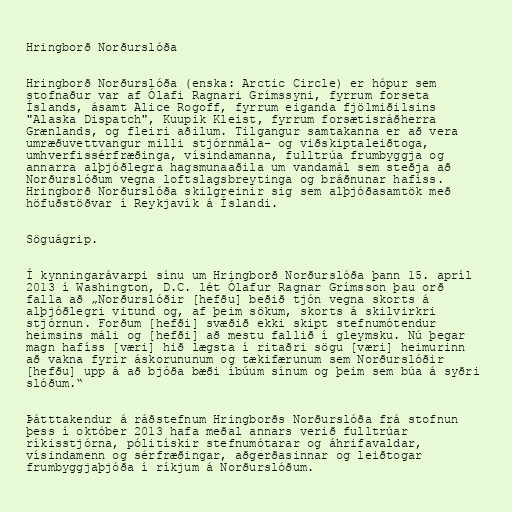
Hringborð Norðurslóða

Hringborð Norðurslóða (enska: Arctic Circle) er hópur sem
stofnaður var af Ólafi Ragnari Grímssyni, fyrrum forseta
Íslands, ásamt Alice Rogoff, fyrrum eiganda fjölmiðilsins
"Alaska Dispatch", Kuupik Kleist, fyrrum forsætisráðherra
Grænlands, og fleiri aðilum. Tilgangur samtakanna er að vera
umræðuvettvangur milli stjórnmála- og viðskiptaleiðtoga,
umhverfissérfræðinga, vísindamanna, fulltrúa frumbyggja og
annarra alþjóðlegra hagsmunaaðila um vandamál sem steðja að
Norðurslóðum vegna loftslagsbreytinga og bráðnunar hafíss.
Hringborð Norðurslóða skilgreinir sig sem alþjóðasamtök með
höfuðstöðvar í Reykjavík á Íslandi.

Söguágrip.

Í kynningarávarpi sínu um Hringborð Norðurslóða þann 15. apríl
2013 í Washington, D.C. lét Ólafur Ragnar Grímsson þau orð
falla að „Norðurslóðir [hefðu] beðið tjón vegna skorts á
alþjóðlegri vitund og, af þeim sökum, skorts á skilvirkri
stjórnun. Forðum [hefði] svæðið ekki skipt stefnumótendur
heimsins máli og [hefði] að mestu fallið í gleymsku. Nú þegar
magn hafíss [væri] hið lægsta í ritaðri sögu [væri] heimurinn
að vakna fyrir áskorununum og tækifærunum sem Norðurslóðir
[hefðu] upp á að bjóða bæði íbúum sínum og þeim sem búa á syðri
slóðum.“

Þátttakendur á ráðstefnum Hringborðs Norðurslóða frá stofnun
þess í október 2013 hafa meðal annars verið fulltrúar
ríkisstjórna, pólitískir stefnumótarar og áhrifavaldar,
vísindamenn og sérfræðingar, aðgerðasinnar og leiðtogar
frumbyggjaþjóða í ríkjum á Norðurslóðum.